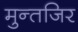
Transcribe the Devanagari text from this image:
मुन्तजिर